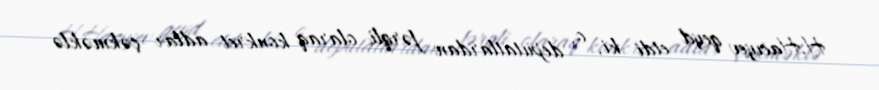
H.Hacıyev qeyd etdi ki, o, deputatlardan fərqli olaraq konkret adlar çəkməklə